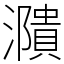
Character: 濻